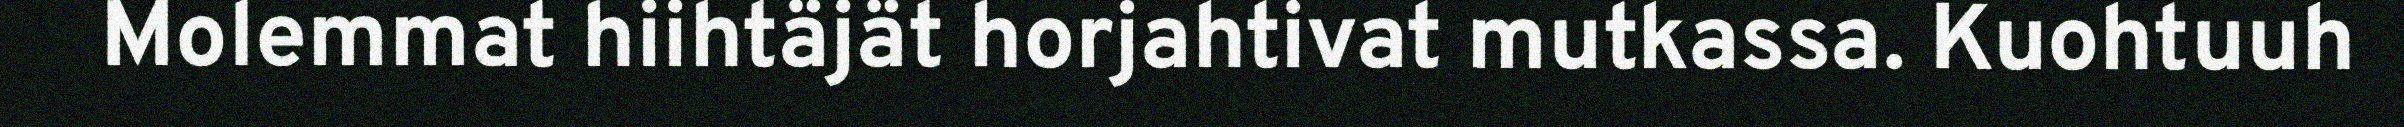
Molemmat hiihtäjät horjahtivat mutkassa. Kuohtuuh